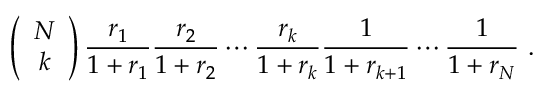
\left( \begin{array} { c } { { N } } \\ { { k } } \end{array} \right) { \frac { r _ { 1 } } { 1 + r _ { 1 } } } { \frac { r _ { 2 } } { 1 + r _ { 2 } } } \cdots { \frac { r _ { k } } { 1 + r _ { k } } } { \frac { 1 } { 1 + r _ { k + 1 } } } \cdots { \frac { 1 } { 1 + r _ { N } } } \ .